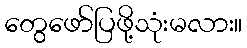
တွေဖော်ပြဖို့သုံးမလား။